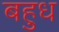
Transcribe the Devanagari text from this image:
बहुध